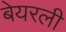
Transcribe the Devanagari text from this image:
बेयरली